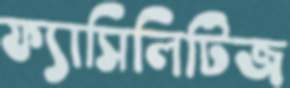
ফ্যাসিলিটিজ